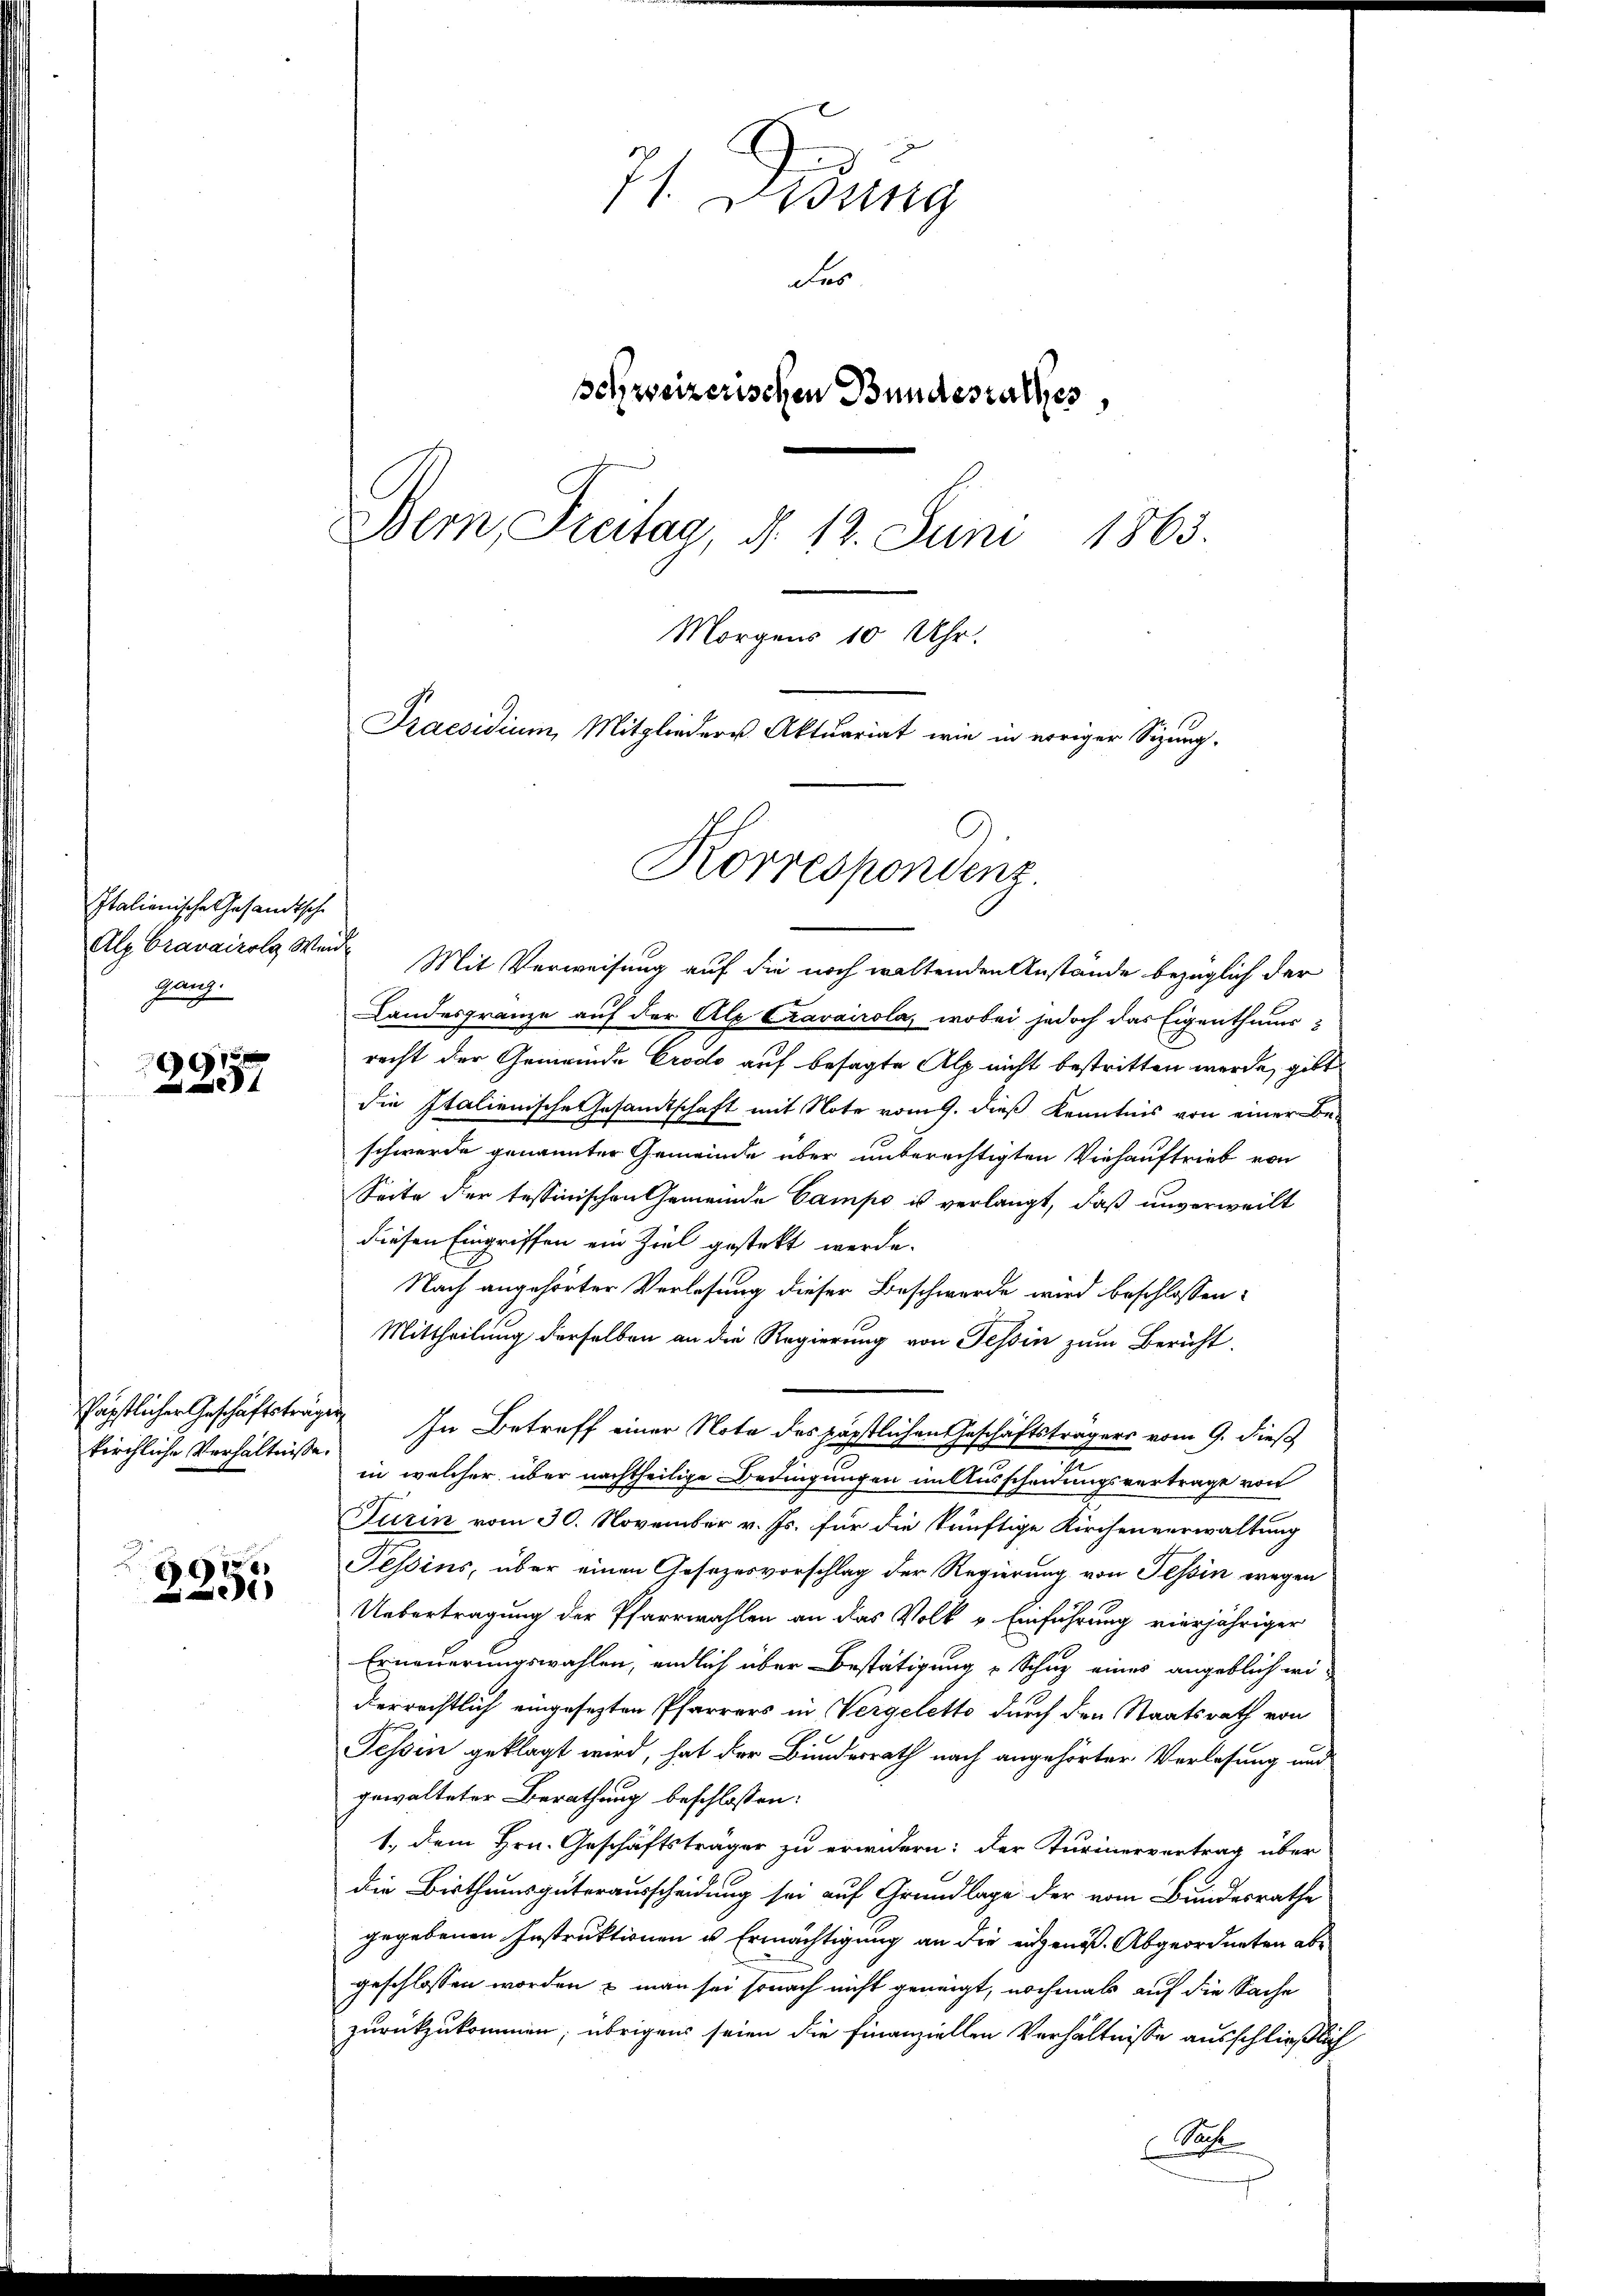
Italienische Gesandtsche
gang.

9
4

kirchliche Verhältniße.

E
e

71. Dessing
Fer
schreizerischen Bundesrathes,
Bern, Freitag, d. 12. Juni 1863.
Morgens 10 Uhr.
Praesidium, Mitglieder Aktuariat wie in voriger Sizung.
Korrespondenz.

Alz Cravairols Wird Mit Verweisung auf die noch waltenden Anstände bezüglich der
Landesgränze auf der Alp Cravairola, wobei jedoch das Eigenthums-
recht der Gemeinde Crodo auf besagte Alp nicht bestritten werde, gibt
die Italienische Gesamtschaft mit Note vom 9. dieß Kenntnis von einer Be-
schwerde genannter Gemeinde über unberechtigten Viehaustrieb von
Seite der tessinischen Gemeinde Campe is verlangt, daß unverweilt
diesen Eingriffen ein Ziel gestekt werde.
Nach angehörter Verlesung dieser Beschwerde wird beschlossen:
Mittheilung derselben an die Regierung von Tessin zum Bericht
Päpstlicher Geschäftsträgen In Betreff einer Note des päpstlichen Geschäftsträgers vom 9. dieß
in welcher über nachtheilige Bedingungen im Ausscheidungsvertrage von
Turin vom 30. November v. Js. für die künftige Kirchenverwaltung
Tessins, über einen Gesezesvorschlag der Regierung von Tessin wegen
Uebertragung der Pfarrwahlen an das Volk v. Einführung vierjähriger
Erneuerungswahlen, endlich über Bestätigung u Schuz eines angeblich wi-
derrechtlich eingesezten Pfarrers in Vergelette durch den Staatsrath von
Tessin geklagt wird, hat der Bundesrath nach angehörter Verlesung und
gewalteter Berathung beschlossen:
1., dem Hrn. Geschäftsträger zu erwidern: der Turinervertrag über
die Bisthumsgüterausscheidung sei auf Grundlage der vom Bundesrathe
gegebenen Instruktionen u Ermächtigung an die eigen. Abgeordneten abe
geschlossen worden & man sei sonach nicht geneigt, nochmals auf die Sache
zurückzukommen; übrigens seien die Finanziellen Verhältnisse ausschließlich
Siche